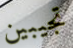
تجيبين